Annual administration report of the Civil Veterinary Department of India - 1902-1903
Year: 1902
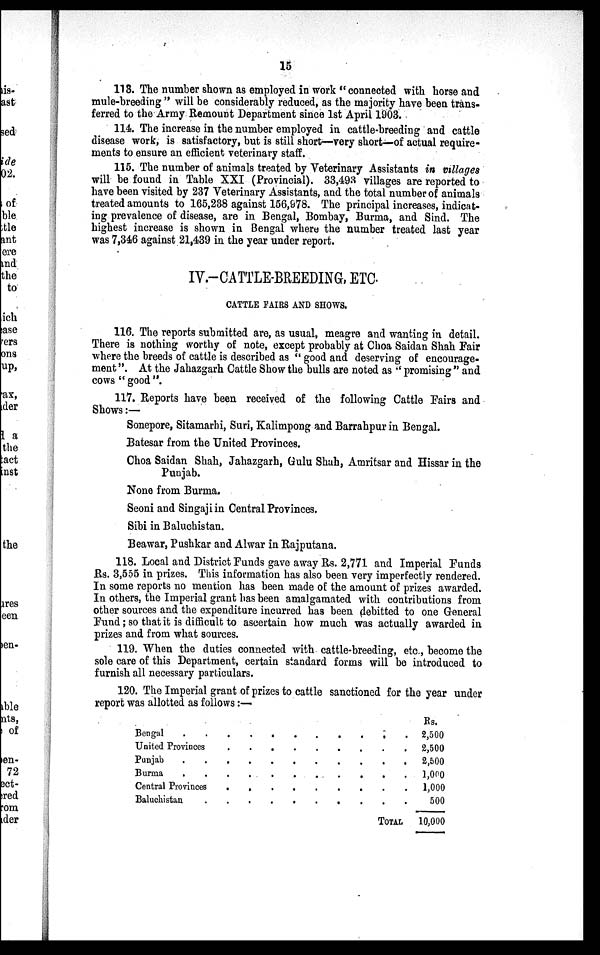
15
113. The number shown as employed in work "connected with horse and
mule-breeding "will be considerably reduced, as the majority have been trans-
ferred to the Army Remount Department since 1st April 1903.
114. The increase in the number employed in cattle-breeding and cattle
disease work, is satisfactory, but is still short—very short—of actual require-
ments to ensure an efficient veterinary staff.
115. The number of animals treated by Veterinary Assistants in villages
will be found in Table XXI (Provincial). 33,493 villages are reported to
have been visited by 237 Veterinary Assistants, and the total number of animals
treated amounts to 165,238 against 156,978. The principal increases, indicat-
ing prevalence of disease, are in Bengal, Bombay, Burma, and Sind. The
highest increase is shown in Bengal where the number treated last year
was 7,346 against 21,439 in the year under report.
IV.-CATTLE-BREEDING, ETC.
CATTLE FAIRS AND SHOWS.
116. The reports submitted are, as usual, meagre and wanting in detail.
There is nothing worthy of note, except probably at Choa Saidan Shah Fair
where the breeds of cattle is described as "good and deserving of encourage-
ment". At the Jahazgarh Cattle Show the bulls are noted as "promising" and
cows "good".
117. Reports have been received of the following Cattle Fairs and
Shows:—
Sonepore, Sitamarhi, Suri, Kalimpong and Barrahpur in Bengal.
Batesar from the United Provinces.
Choa Saidan Shah, Jahazgarh, Gulu Shah, Amritsar and Hissar in the
Punjab.
None from Burma.
Seoni and Singaji in Central Provinces.
Sibi in Baluchistan.
Beawar, Pushkar and Alwar in Rajputana.
118. Local and District Funds gave away Rs. 2,771 and Imperial Funds
Rs. 3,555 in prizes. This information has also been very imperfectly rendered.
In some reports no mention has been made of the amount of prizes awarded.
In others, the Imperial grant has been amalgamated with contributions from
other sources and the expenditure incurred has been debitted to one General
Fund; so that it is difficult to ascertain how much was actually awarded in
prizes and from what sources.
119. When the duties connected with cattle-breeding, etc., become the
sole care of this Department, certain standard forms will be introduced to
furnish all necessary particulars.
120. The Imperial grant of prizes to cattle sanctioned for the year under
report was allotted as follows:—
Bengal . . . . . . . . . . . .
United Provinces . . . . . . . . . .
Punjab . . . . . . . . . . . .
Burma . . . . . . . . . . . .
Central Provinces . . . . . . . . . .
Baluchistan . . . . . . . . . . .
TOTAL
Rs.
2,500
2,500
2,500
1,000
1,000
500
10,000